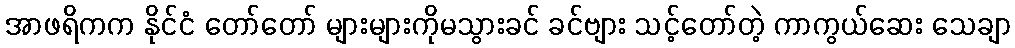
အာဖရိကက နိုင်ငံ တော်တော် များများကိုမသွားခင် ခင်ဗျား သင့်တော်တဲ့ ကာကွယ်ဆေး သေချာ